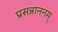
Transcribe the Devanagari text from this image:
प्रसन्नाननम्